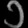
Digit: ၁